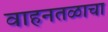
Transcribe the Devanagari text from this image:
वाहनतळाचा